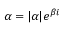
\alpha = | \alpha | e ^ { \beta i }